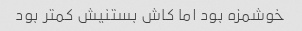
خوشمزه بود اما کاش بستنیش کمتر بود